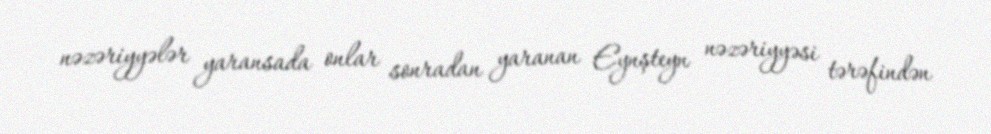
nəzəriyyələr yaransada onlar sonradan yaranan Eynşteyn nəzəriyyəsi tərəfindən